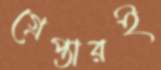
গ্রেপ্তারই